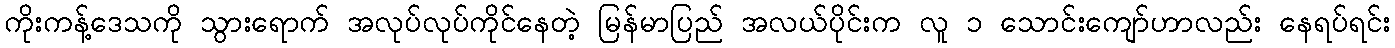
ကိုးကန့်ဒေသကို သွားရောက် အလုပ်လုပ်ကိုင်နေတဲ့ မြန်မာပြည် အလယ်ပိုင်းက လူ ၁ သောင်းကျော်ဟာလည်း နေရပ်ရင်း